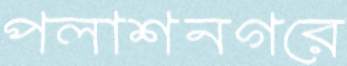
পলাশনগরে